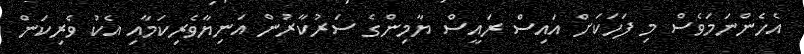
އެހެންނަމަވެސް މި ފަހަކަށް އައިސް ރައީސް ޔާމިންގެ ސަރުކާރުން އަނިޔާވެރިކަމާއި އެކު ވެރިކަން